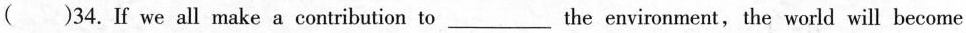
( )34.If we all make a contribution to ___ the environment, the world will become